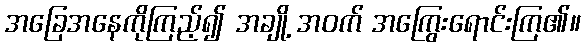
အခြေအနေကိုကြည့်၍ အချို့ အဝက် အကြွေးရောင်းကြ၏။